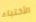
الأختباء